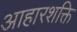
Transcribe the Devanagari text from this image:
आहारशक्ति